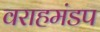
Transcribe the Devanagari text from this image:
वराहमंडप